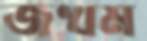
জখম